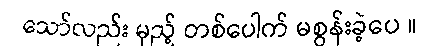
သော်လည်း မှည့် တစ်ပေါက် မစွန်းခဲ့ပေ ။